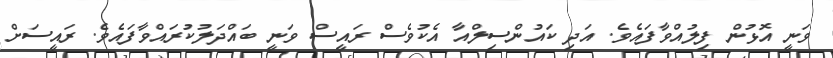
ވަނީ އޮޅުން ފިލުއްވާފައެވެ. އަދި ކައުންސިލްއާ އެކުވެސް ރައީސް ވަނީ ބައްދަލުކުރައްވާފައެވެ. ރައީސަށް